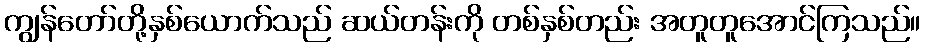
ကျွန်တော်တို့နှစ်ယောက်သည် ဆယ်တန်းကို တစ်နှစ်တည်း အတူတူအောင်ကြသည်။